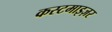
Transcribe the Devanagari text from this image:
कस्टमाइज़र